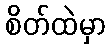
စိတ်ထဲမှာ